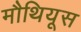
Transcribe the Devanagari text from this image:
मौथियूस